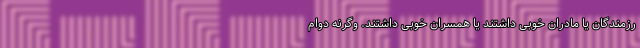
رزمندگان یا مادران خوبی داشتند یا همسران خوبی داشتند. وگرنه دوام